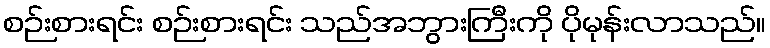
စဉ်းစားရင်း စဉ်းစားရင်း သည်အဘွားကြီးကို ပိုမုန်းလာသည်။